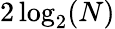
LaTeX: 2\log_{2}(N)